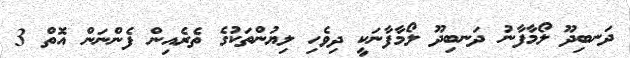
ދަނބިދޫ ލޯމާފާނު ދަނބިދޫ ލޯމާފާނަކީ ދިވެހި ލިޔުންތަކުގެ ތެރެއިން ފެންނަން އޮތް 3